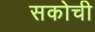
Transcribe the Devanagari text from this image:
सकोची